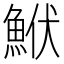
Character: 鮲